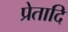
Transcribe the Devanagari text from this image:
प्रेतादि